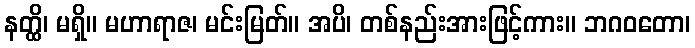
နတ္ထိ၊ မရှိ။ မဟာရာဇ၊ မင်းမြတ်။ အပိ၊ တစ်နည်းအားဖြင့်ကား။ ဘဂဝတော၊